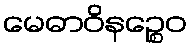
မေဓာဝိနဉ္စေဝ